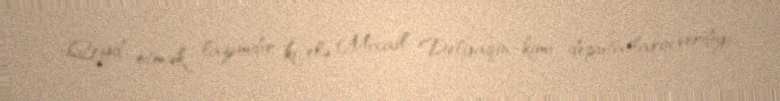
Qeyd etmək lazımdır ki, elə Mixail Delyaqin kimi deputatların verdiyi